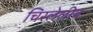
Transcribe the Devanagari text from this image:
चिरलेलीब